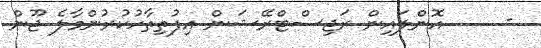
-     އޮންލައިން ރަޖިސްޓްރޭޝަން އިފުތިތާހުކުރުންމާލެ ޖޫން